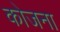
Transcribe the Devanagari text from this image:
कोजना